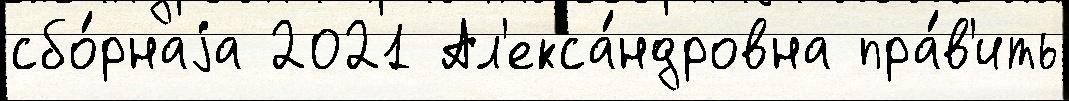
сбо́рнаjа 2021 Ал'екса́ндровна пра́в'ить